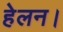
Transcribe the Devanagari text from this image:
हेलन।